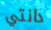
دانتي